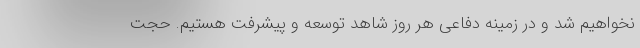
نخواهیم شد و در زمینه دفاعی هر روز شاهد توسعه و پیشرفت هستیم. حجت